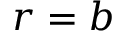
r = b